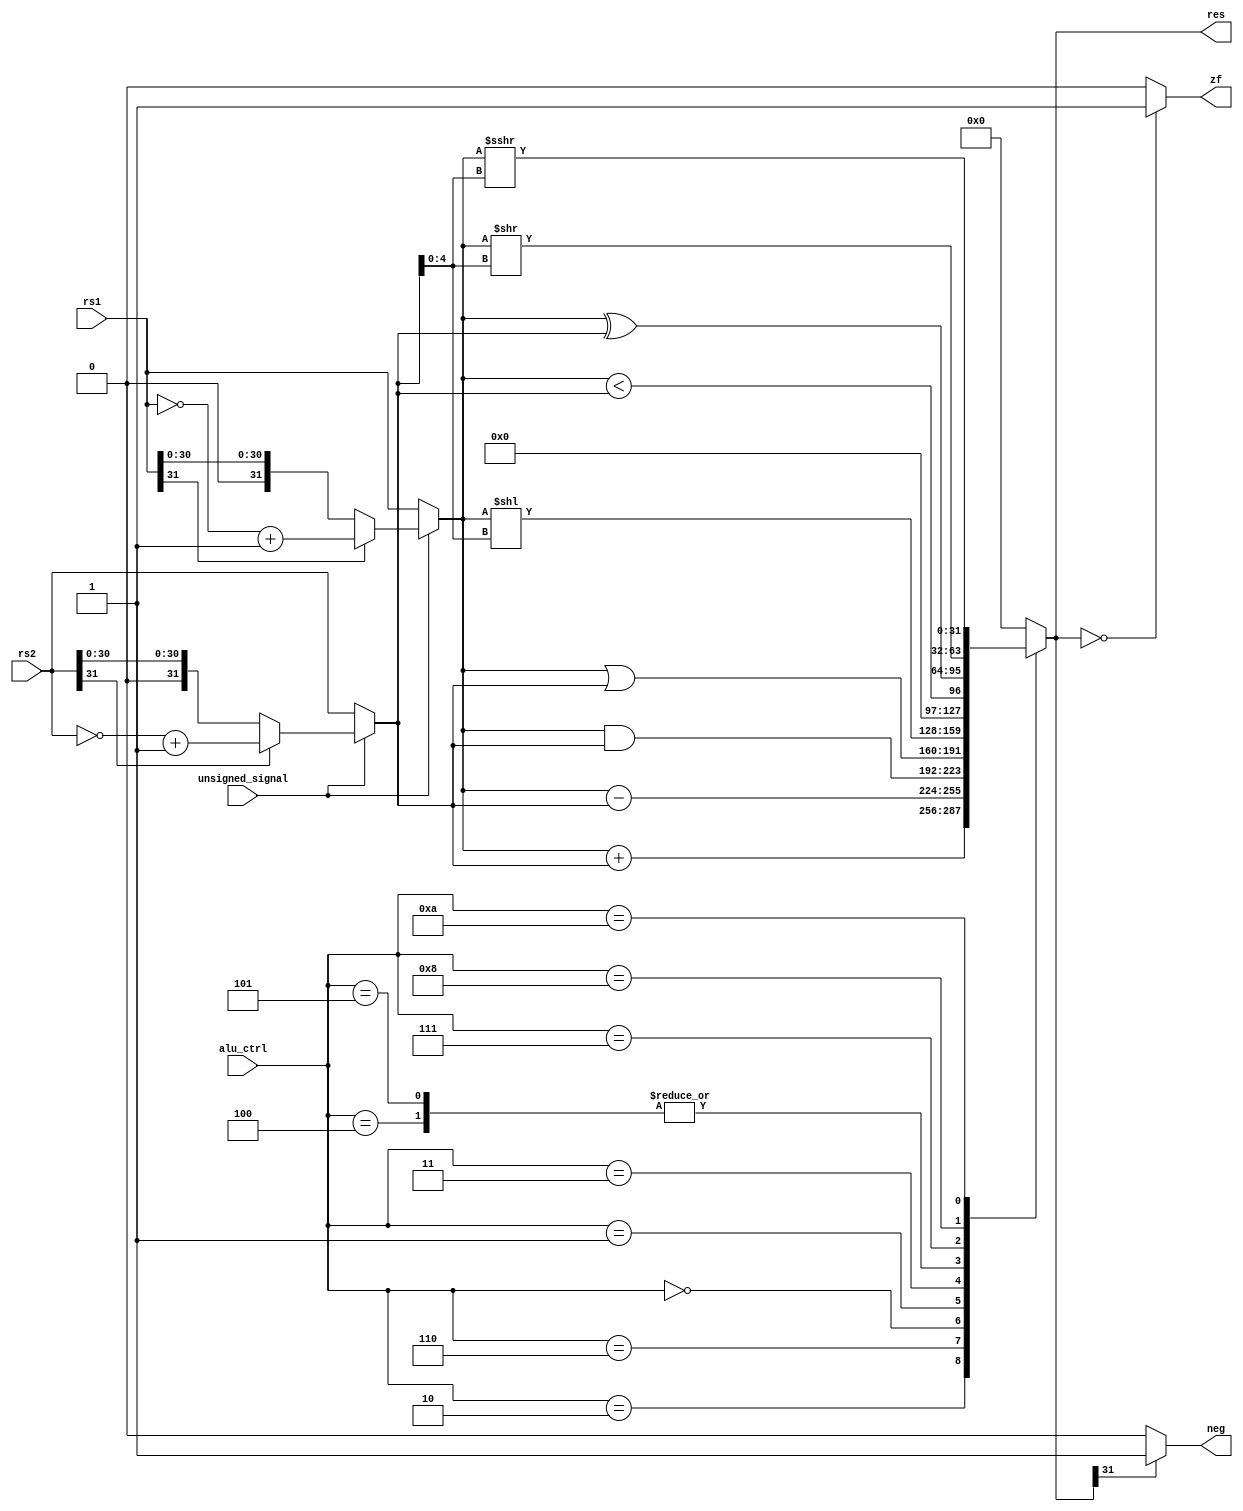
`timescale 1ns / 1ps

module ALU #(
    parameter n = 32
) (
    input [n-1:0] rs1,
    input [n-1:0] rs2,
    input [3:0] alu_ctrl,
    input unsigned_signal,
    output reg [n-1:0] res,
    output reg zf,
    output reg neg
);

  wire [n-1:0] alu_rs1, alu_rs2;
  assign alu_rs1 = unsigned_signal ? (rs1[31] ? (~rs1 + 1) : rs1) : rs1;
  assign alu_rs2 = unsigned_signal ? (rs2[31] ? (~rs2 + 1) : rs2) : rs2;

  always @(*) begin
    case (alu_ctrl)
      4'b0010: res = (alu_rs1 + alu_rs2);
      4'b0110: res = (alu_rs1 - alu_rs2);
      4'b0000: res = (alu_rs1 & alu_rs2);
      4'b0001: res = (alu_rs1 | alu_rs2);
      4'b0011: res = (alu_rs1 << alu_rs2[4:0]);
      4'b0100: res = ($signed(alu_rs1) < $signed(alu_rs2));
      4'b0101: res = ($signed(alu_rs1) < $signed(alu_rs2));
      4'b0111: res = (alu_rs1 ^ alu_rs2);
      4'b1000: res = (alu_rs1 >> alu_rs2[4:0]);
      4'b1010: res = $signed($signed(alu_rs1) >>> $signed(alu_rs2[4:0]));
      default: res = 32'd0;
    endcase

    if (res == 0) zf = 1;
    else zf = 0;
    if (res[31] == 1) neg = 1;
    else neg = 0;

  end
endmodule